Eesti_Vabariigi_Tartu_Ulikool, lk 69
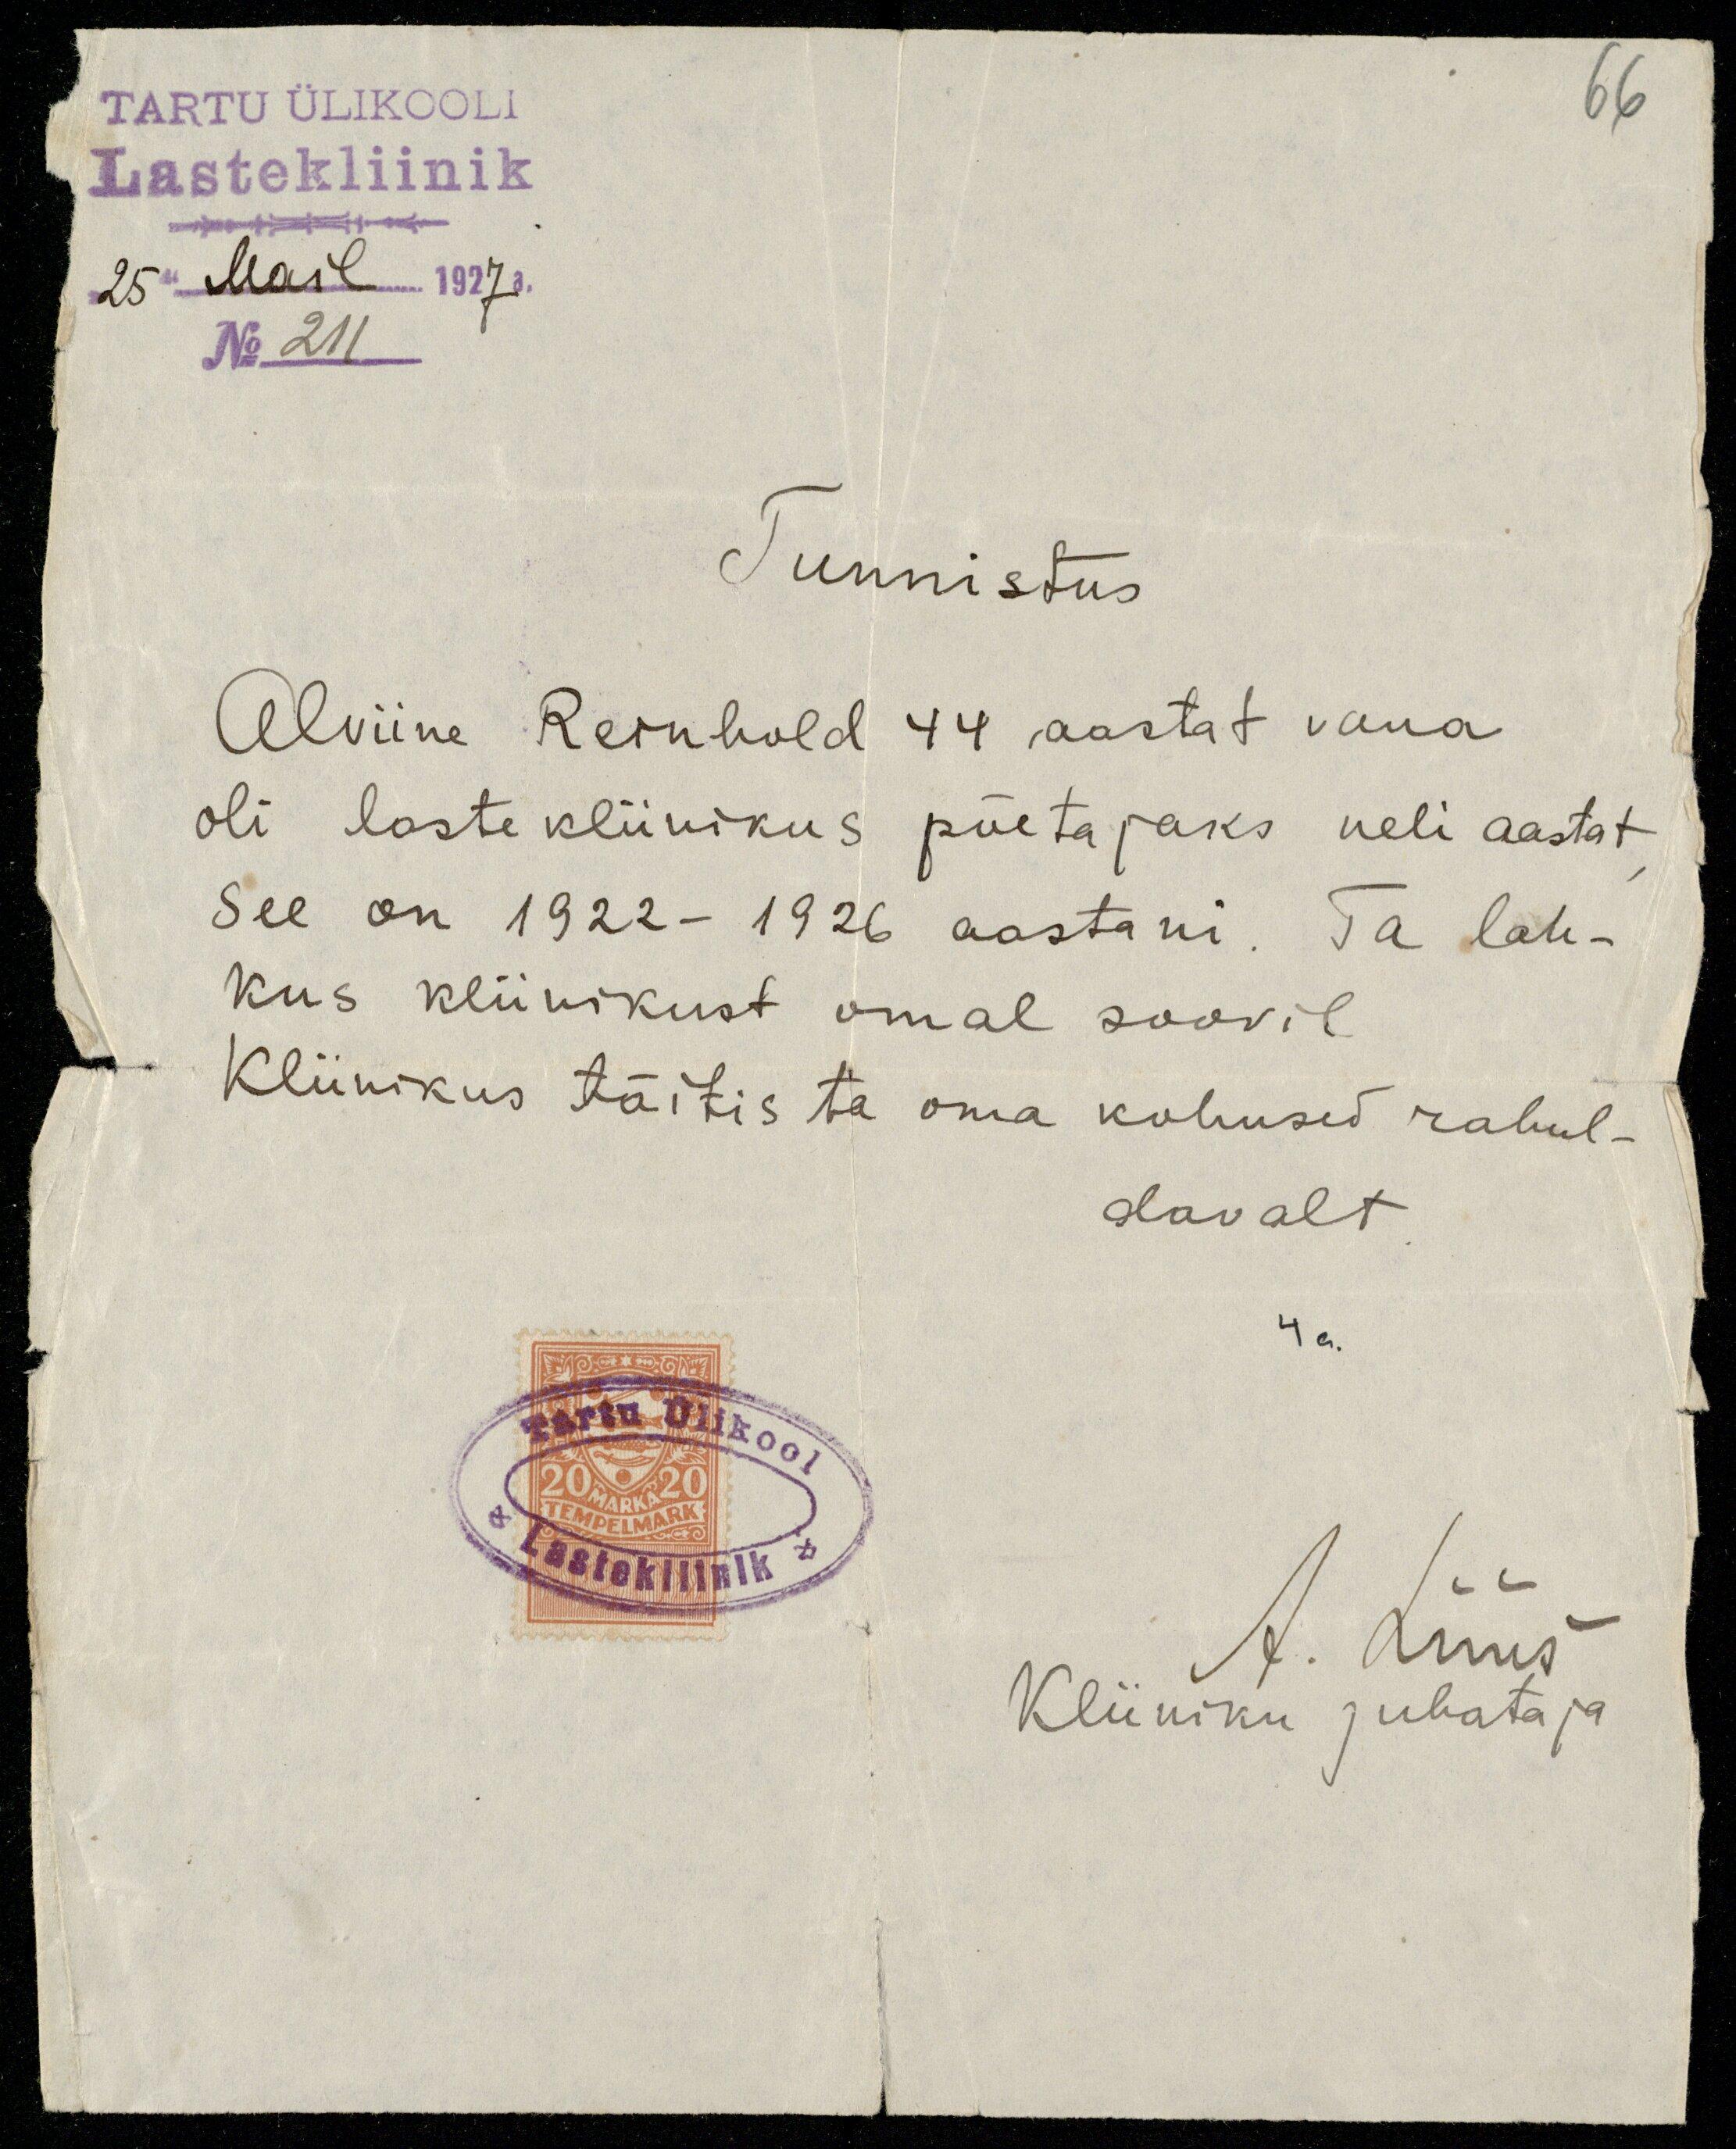
66

TARTU ÜLIKOOLI
Lastekliinik
"25" Mail 1927 a.
No 211
Tunnistus
Alviine Reinhold 44 aastat vana
oli laste kliinikus põetajaks neli aastat,
See on 1922-1926 aastani. Ta lah-
kus kliinikust omal soovil
Kliinikus täitis ta oma kohused rahul-
davalt
4 a.
A. Lüüs
Kliiniku juhataja